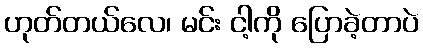
ဟုတ်တယ်လေ၊ မင်း ငါ့ကို ပြောခဲ့တာပဲ